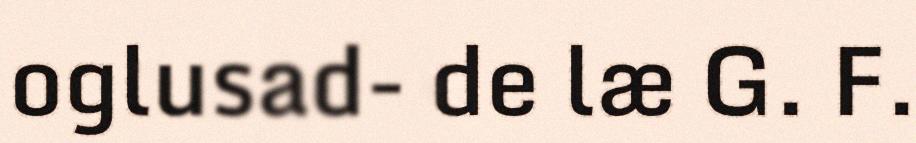
oglusad- de læ G. F.